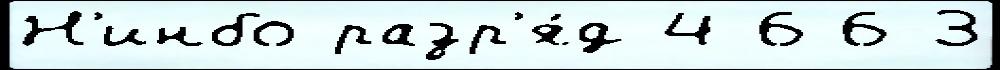
Н'инбо разр'я́д 4-6 6-3